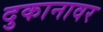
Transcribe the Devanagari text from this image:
दुकानावर